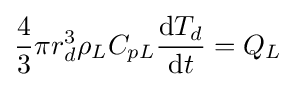
{\frac {4}{3}}\pi r_{d}^{3}\rho _{L}C_{pL}{\frac {\mathrm {d} T_{d}}{\mathrm {d} t}}=Q_{L}